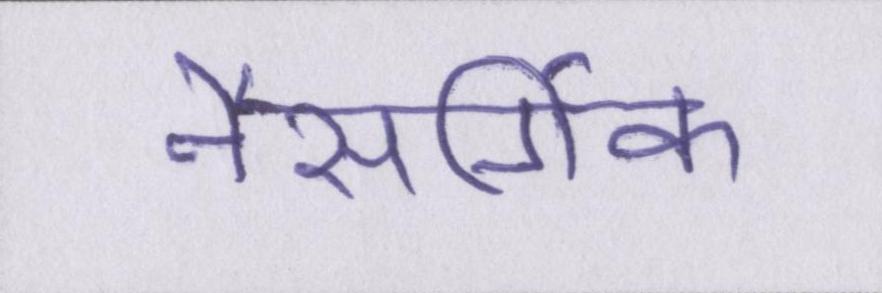
नैसर्गिक